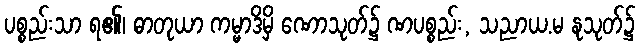
ပစ္စည်းသာ ရ၏၊ ဓာတုယာ ကမ္မာဒိမှိ ဏောသုတ်၌ ဏပစ္စည်း, သညာယ.မ နုသုတ်၌